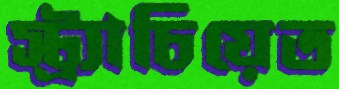
স্ট্র্যাচিয়েত